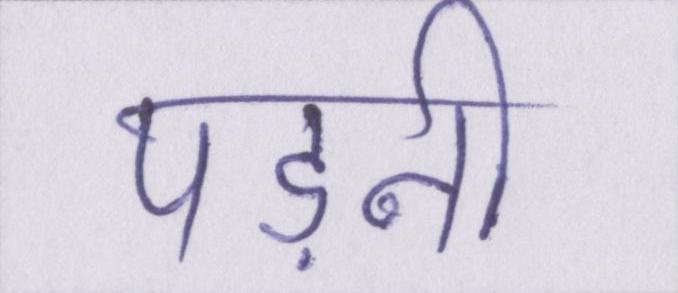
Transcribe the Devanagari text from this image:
पड़नी